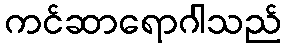
ကင်ဆာရောဂါသည်